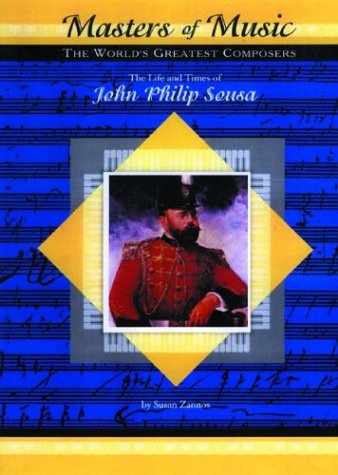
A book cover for The Life & Times of John Philip Sousa (Masters of Music); Susan Zannos; Teen & Young Adult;